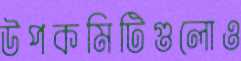
উপকমিটিগুলোও